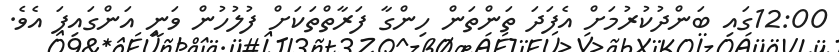
12:00ގައި ބަންދުކުރުމަށް އެފަދަ ތަންތަން ހިންގާ ފަރާތްތަަކަށް ފުލުހުން ވަނީ އަންގައިފަ އެވެ.